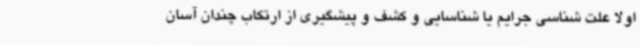
اولاً علت شناسی جرایم یا شناسایی و کشف و پیشگیری از ارتکاب چندان آسان